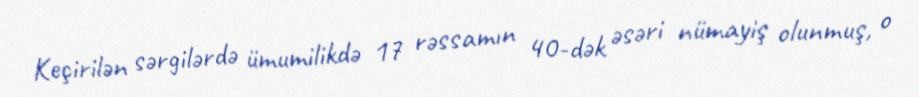
Keçirilən sərgilərdə ümumilikdə 17 rəssamın 40-dək əsəri nümayiş olunmuş, o